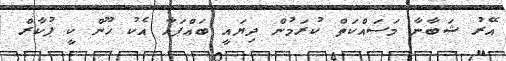
އޭރު ޝަބާނާ މަސައްކަތް ކުރަމުން ދިޔައީ ބައްޕައާ އެކު ޚޫން ކީ ޕުކާރް